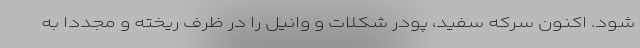
شود. اکنون سرکه سفید، پودر شکلات و وانیل را در ظرف ریخته و مجددا به